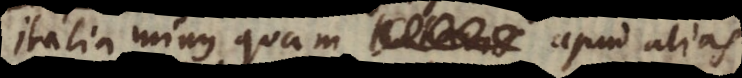
ibi minus quam apud alias